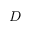
D